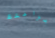
براعتك